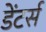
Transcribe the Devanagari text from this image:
डेंटर्स